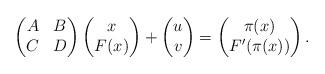
LaTeX: \begin{align*}\begin{pmatrix}A & B \\C & D\end{pmatrix}\begin{pmatrix}x\\F(x)\end{pmatrix}+\begin{pmatrix}u\\v\end{pmatrix}=\begin{pmatrix}\pi(x)\\F'(\pi(x))\end{pmatrix}.\end{align*}